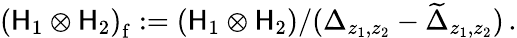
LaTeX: \left({\cal\mathsf{H}}_{1}\otimes{\cal\mathsf{H}}_{2}\right)_{\mathrm{f}}:=\left({\cal\mathsf{H}}_{1}\otimes{\cal\mathsf{H}}_{2}\right)/(\Delta_{z_{1},z_{2}}-\widetilde{{\Delta}}_{z_{1},z_{2}})\, .